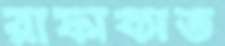
রাফাকাত